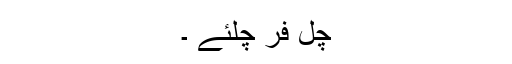
چل فر چلئے ۔